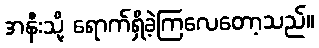
အနီးသို့ ရောက်ရှိခဲ့ကြလေတော့သည်။